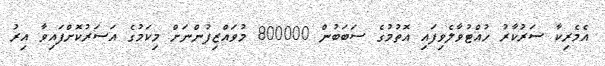
އެމެރިކާ ސަރުކާރު ހުއްޓުވާލެވިފައި އޮތުމުގެ ސަބަބުން 800000 މުވައްޒިފުންނަށް މިކަމުގެ އަސަރުކޮށްފައިވާ އިރު